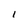
Character: I